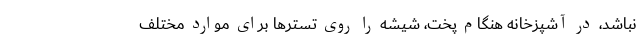
نباشد، در آشپزخانه هنگام پخت، شیشه را روی تسترها برای موارد مختلف